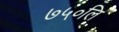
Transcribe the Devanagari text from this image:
७५०लि